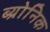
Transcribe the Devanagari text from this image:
ब्य्रोनिक